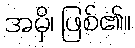
အမှိ၊ ဖြစ်၏။